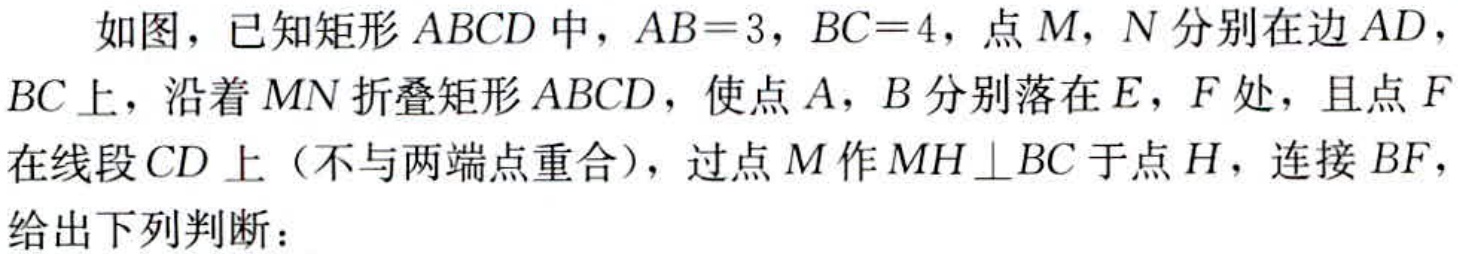
如图，已知矩形\(ABCD\)中，\(AB = 3\)，\(BC = 4\)，点\(M\)，\(N\)分别在边\(AD\)，\(BC\)上，沿着\(MN\)折叠矩形\(ABCD\)，使点\(A\)，\(B\)分别落在\(E\)，\(F\)处，且点\(F\)在线段\(CD\)上（不与两端点重合），过点\(M\)作\(MH\perp BC\)于点\(H\)，连接\(BF\)，给出下列判断：